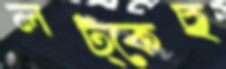
লট্‌কেছ